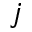
j